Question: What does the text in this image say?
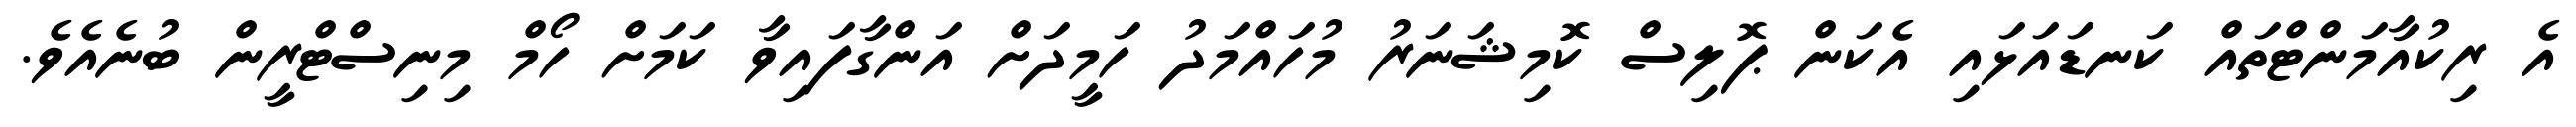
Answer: އެ ރިކުއާމަންޓްތައް ކަނޑައަޅައި އެކަން ޕޮލިސް ކޮމިޝަނަރު މުހައްމަދު ހަމީދަށް އަންގާފައިވާ ކަމަށް ހޯމް މިނިސްޓްރީން ބުނެއެވެ.